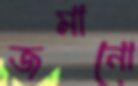
জমানো